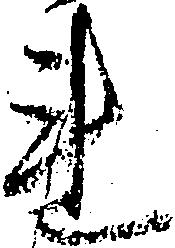
連